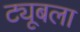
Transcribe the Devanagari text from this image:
ट्यूबला